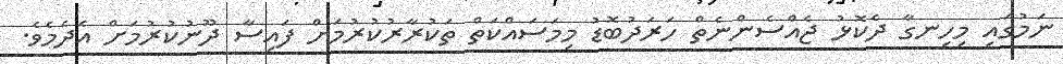
ނަމުގައި މިހިނގާ ދެކޮޅު ޖެއްސެންނެތް ހަރަދުބޮޑު މިމަސައްކަތް ތަކުރާރުކުރުމަށް ފައިސާ ދޫނުކުރުމަށް އެދެމެވެ.